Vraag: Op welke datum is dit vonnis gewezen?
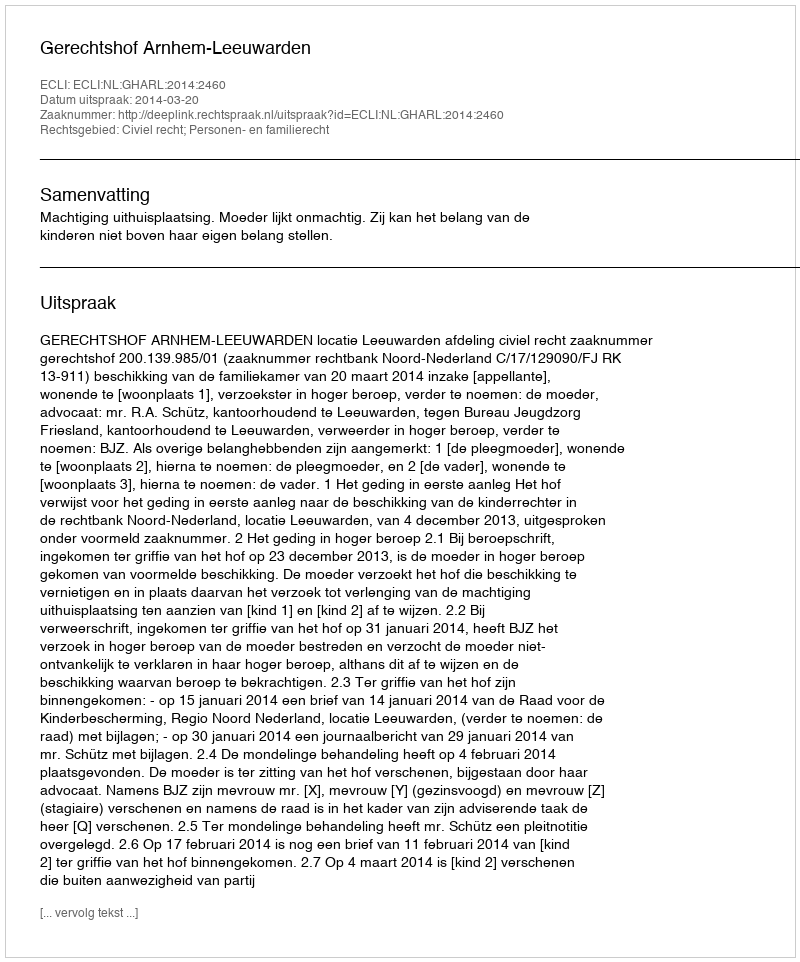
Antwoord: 2014-03-20